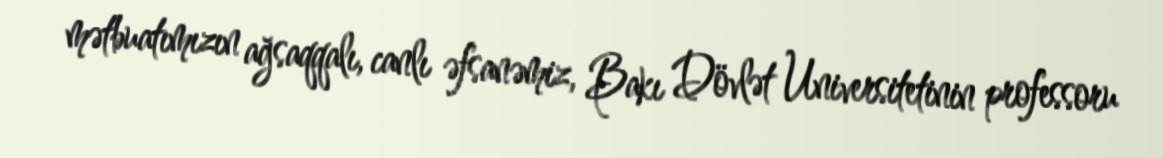
mətbuatımızın ağsaqqalı, canlı əfsanəmiz, Bakı Dövlət Universitetinin professoru